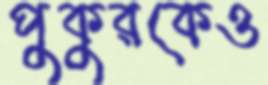
পুকুরকেও